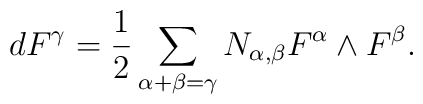
dF^{\gamma }=\frac{1}{2}\sum\limits_{\alpha +\beta =\gamma }N_{\alpha,\beta }F^{\alpha }\wedge F^{\beta }.